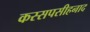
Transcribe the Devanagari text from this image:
कस्सपसीहनाद